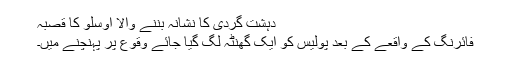
دہشت گردی کا نشانہ بننے والا اوسلو کا قصبہ
فائرنگ کے واقعے کے بعد پولیس کو ایک گھنٹہ لگ گیا جائے وقوع پر پہنچنے میں۔